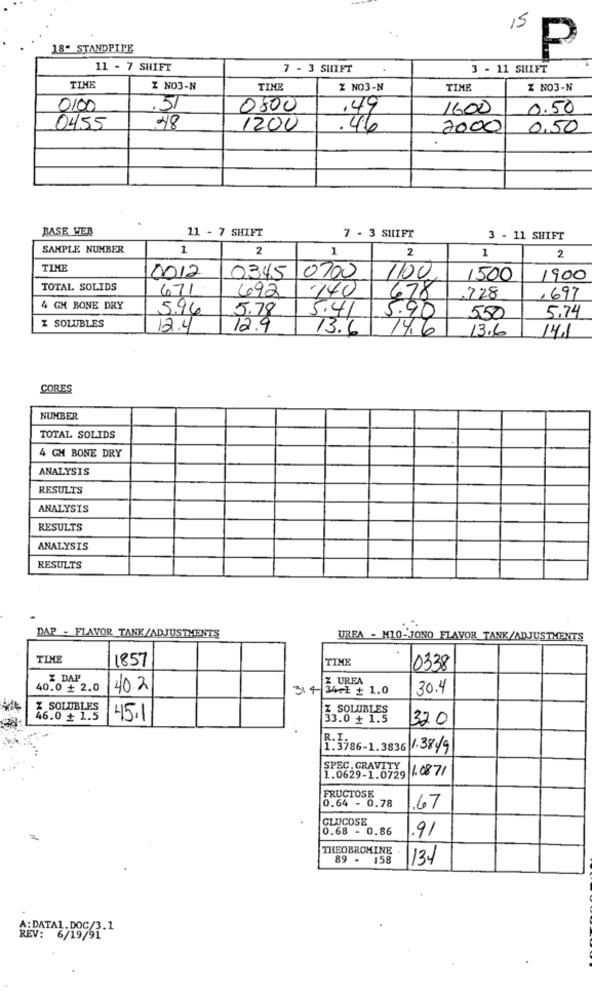
15
18" STANDPIPE
P
11 - 7 SHIFT
7 - 3 SHIFT
3 - 11 SHIFT
TIME
Z NO3-N
TIME
Z NO3-N
TIME
Z NO3-N
0100
.51
0500
,49
1600
0.50
0455
48
1200
.46
2000
0,50
BASE WEB
11 - 7 SHIFT
7 - 3 SHIFT
3 - 11 SHIFT
SAMPLE NUMBER
1
2
1
2
1
2
TIME
0345 0700
0012
1100
1500
1900
TOTAL SOLIDS
671
692
.140
678
.728
,697
4 GM BONE DRY
5.96
5.78
5.41
5.90
500
5.74
Z SOLUBLES
12.4
12.9
13.6
14.6
13.6
14.1
CORES
NUMBER
TOTAL SOLIDS
4 GM BONE DRY
ANALYSIS
RESULTS
ANALYSIS
RESULTS
ANALYSIS
RESULTS
DAP - FLAVOR TANK/ADJUSTMENTS
URFA - MIO-JONO FLAVOR TANK/ADJUSTMENTS
TIME
1857
TIME
.
038
Z DAP
% UREA
40.0 + 2.0
40.2
314 34rt + 1.0
30.4
X SOLUBLES
Z SOLUBLES
46.0 + 1.5
45.1
33.0 + 1.5
320
R.I.
1.3786-1.3836 1.38/9
SPEC. GRAVITY
1.0871
1.0629-1.0729
FRUCTOSE
0.64 - 0.78
.67
GLUCOSE
0.68 - 0.86
.91
THEOBROMINE
89 - 158
134
A:DATA1.DOC/3.1
REV: 6/19/91